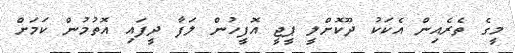
މީގެ ތެރެއިން އެކަކު ދޫކޮށްލީ ޕީޖީ އޮފީހުން ލަފާ ދީފައި އޮތުމުން ކަމަށް